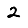
Digit: 2